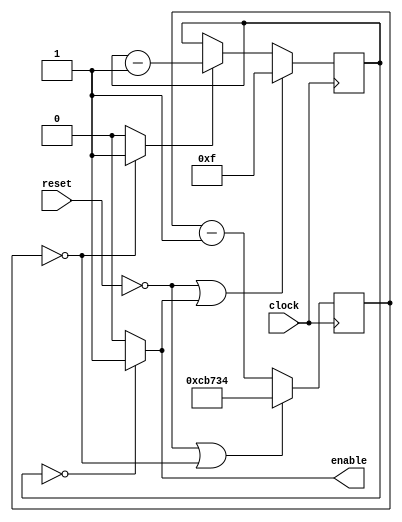
module delay_counter(clock, enable, reset);
    input clock, reset;
    output enable;

    localparam frames = 5'd15;
    localparam clock_cycles = 20'd833332;

    reg [19:0] count_cycles;
    reg [4:0] count_frames;
    wire count;

    always @(posedge clock)
    begin
        if(reset == 0 || count_cycles == 0)
             count_cycles <= clock_cycles;
//            count_cycles <= 32'b0;
        else
            count_cycles <= count_cycles - 1;

        if(reset == 0 || enable)
             count_frames <= frames;
//            count_frames <= 32'b0;
        else if(count)
            count_frames <= count_frames - 1;
    end
    assign count = (count_cycles == 0) ? 1 : 0;
    assign enable = (count_frames == 0) ? 1 : 0;

endmodule